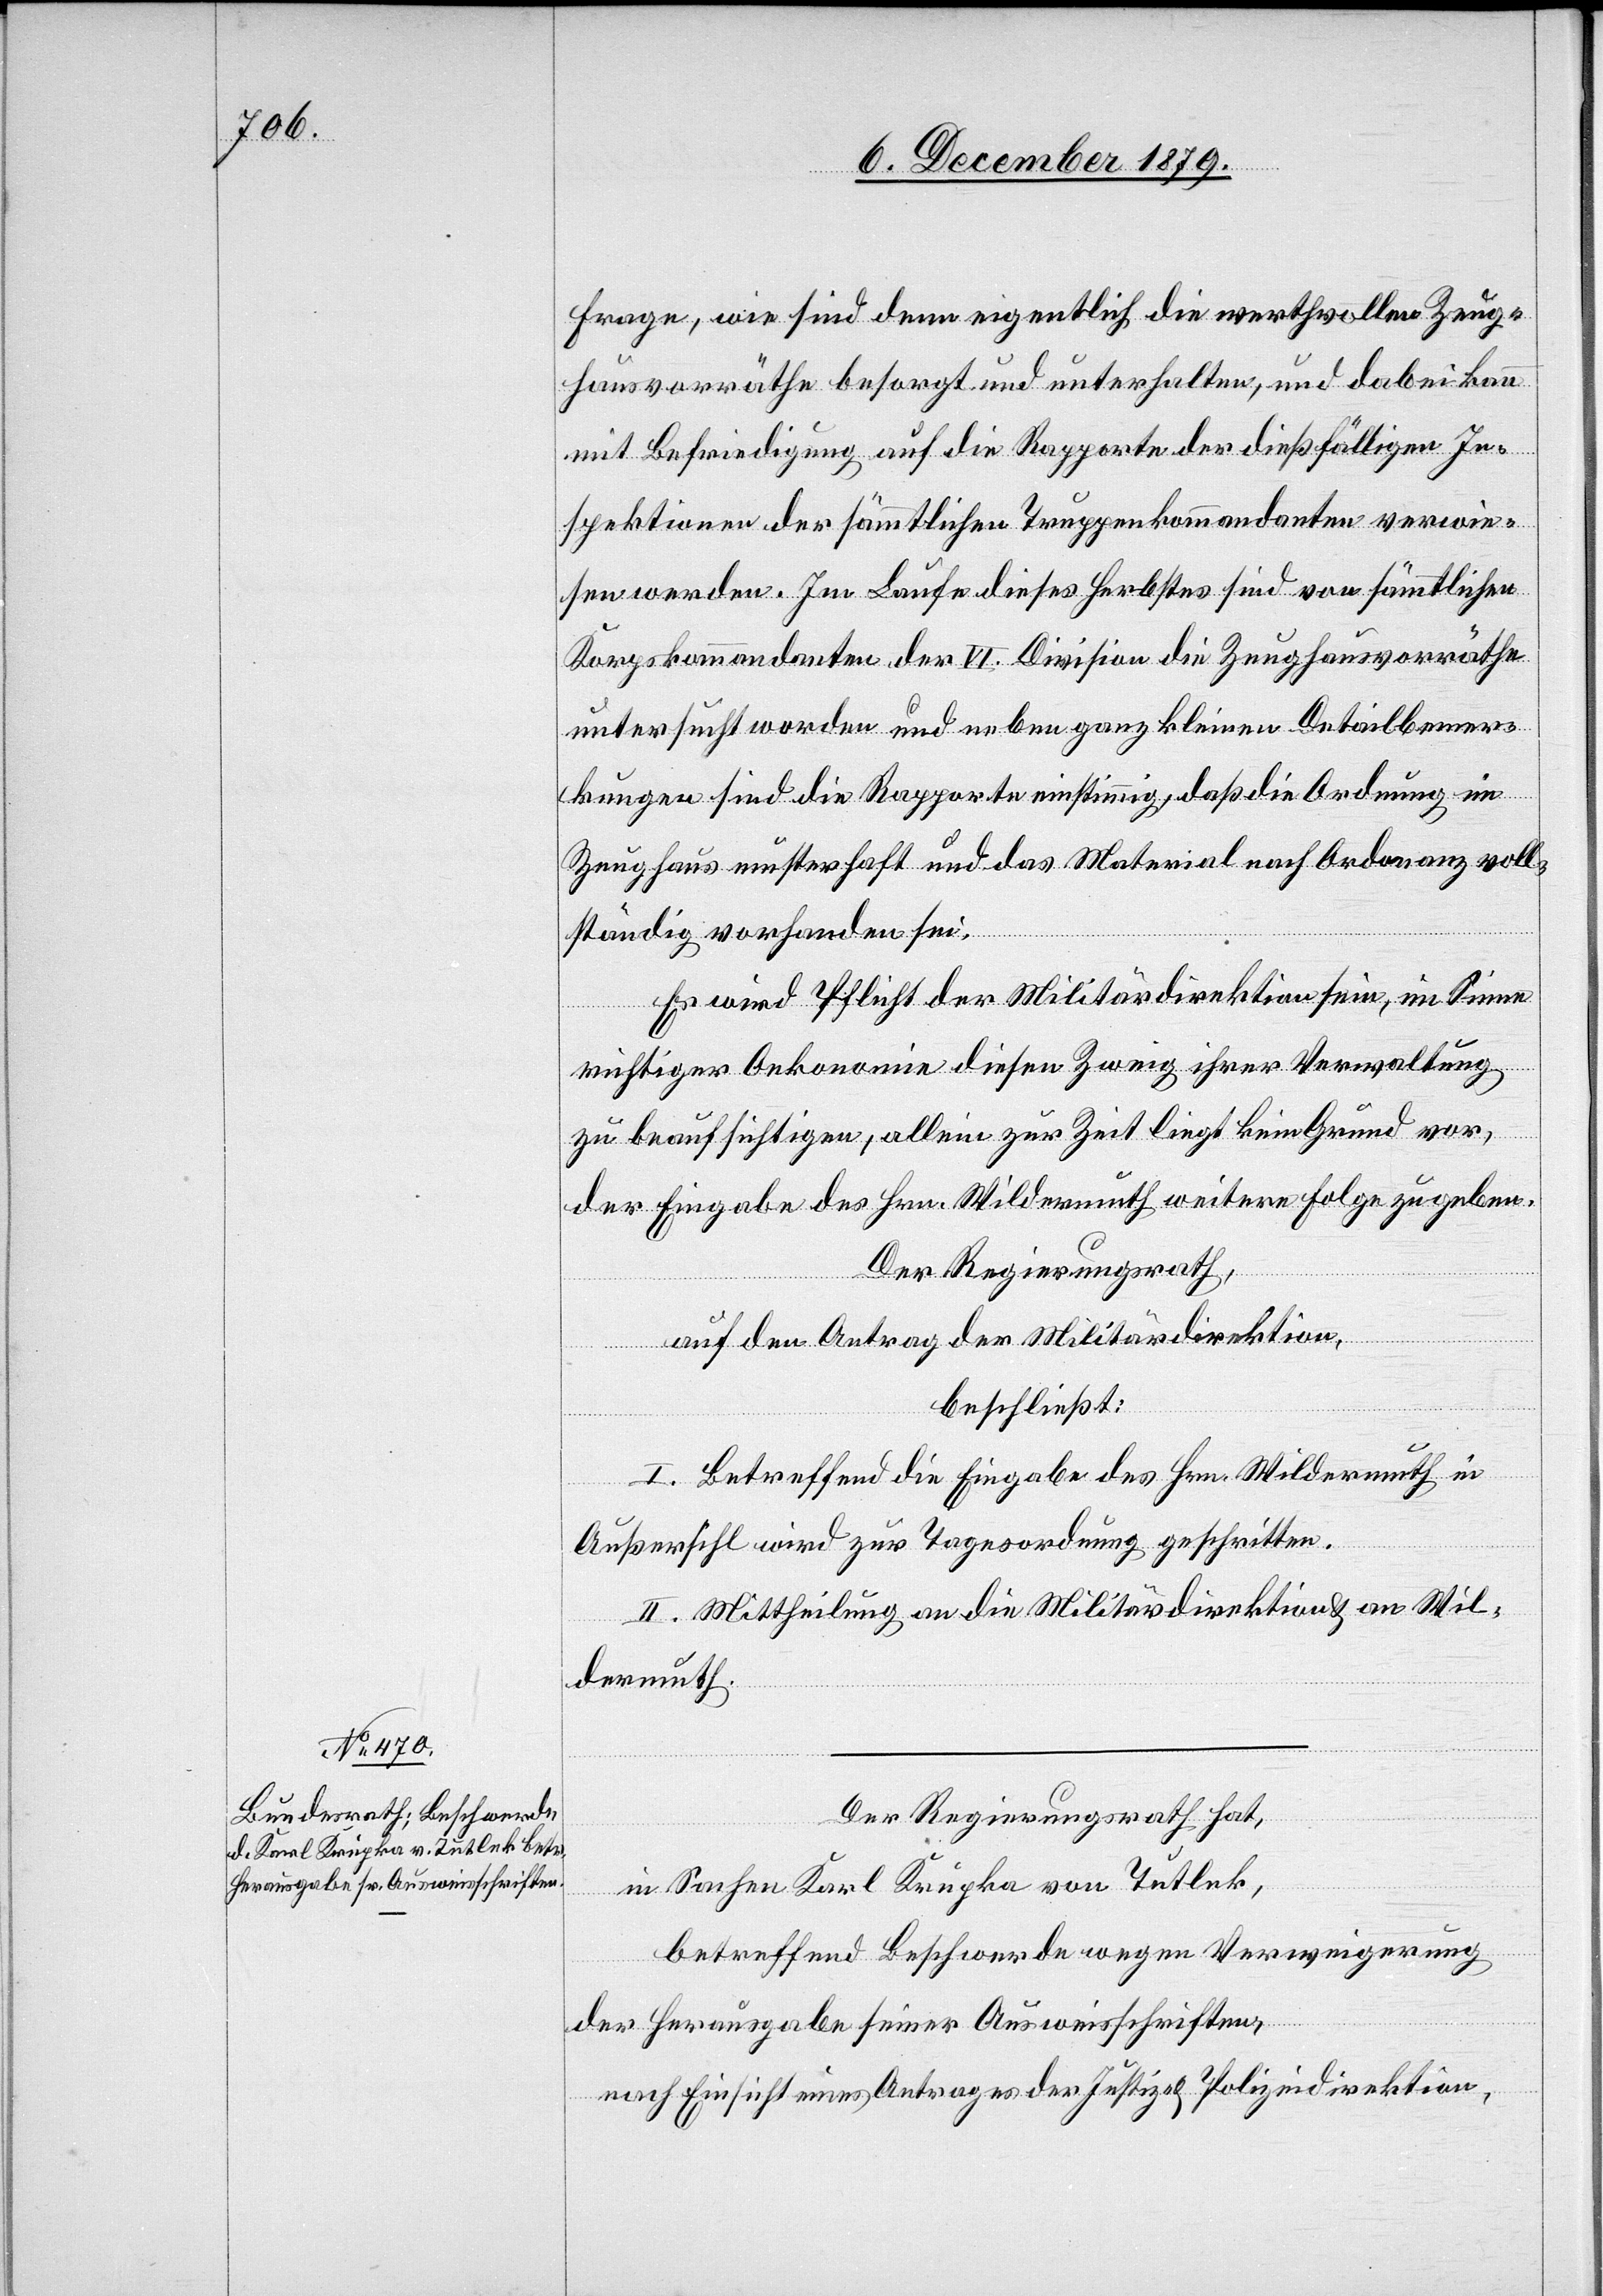
Frage, wie sind denn eigentlich die werthvollen Zeug¬
hausvorräthe besorgt und unterhalten, und dabei kann
mit Befriedigung auf die Rapporte der dießfälligen In¬
spektionen der sämmtlichen Truppenkommandanten verwie¬
sen werden. Im Laufe dieses Herbstes sind von sämmtlichen
Korpskommandanten der VI. Division die Zeughausvorräthe
untersucht worden und neben ganz kleinen Detailbemer¬
kungen sind die Rapporte einstimmig, daß die Ordnung im
Zeughaus musterhaft und das Material nach Ordonanz voll¬
ständig vorhanden sei.
Es wird Pflicht der Militärdirektion sein, im Sinne
richtiger Oekonomie diesen Zweig ihrer Verwaltung
zu beaufsichtigen, alleine zur Zeit liegt kein Grund vor,
der Eingabe des Hrn. Wildermuth weitere Folge zu geben.
Der Regierungsrath
auf den Antrag der Militärdirektion,
beschließt:
I. Betreffend die Eingabe des Hrn. Wildermuth in
Außersihl wird zur Tagesordnung geschritten.
II. Mittheilung an die Militärdirektion & an Wil¬
dermuth.
Der Regierungsrath hat,
in Sachen Karl Krupka von Tutluk,
betreffend Beschwerde wegen Verweigerung
der Herausgabe seiner Ausweisschriften,
nach Einsicht eines Antrages der Justiz- & Polizeidirektion,